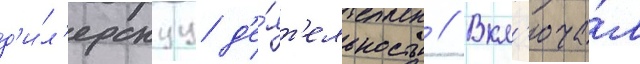
д'и́л'ерскуу д'е́ят'ельность // Вкл'юча́л